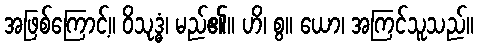
အဖြစ်ကြောင့်။ ဝိသုဒ္ဓံ၊ မည်၏။ ဟိ၊ စွ။ ယော၊ အကြင်သူသည်။